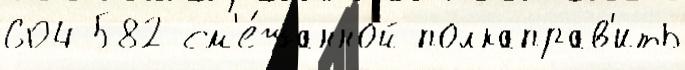
604 582 см'е́шанной полкаправ'ить